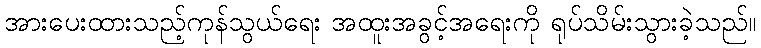
အားပေးထားသည့်ကုန်သွယ်ရေး အထူးအခွင့်အရေးကို ရုပ်သိမ်းသွားခဲ့သည်။